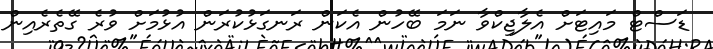
ޑަސްޓް މައިޓަށް އެލާޖިކްވާ ނަމަ ބޭހުން އެކަން ރަނގަޅުކުރަން އުޅުމަށް ވުރެ ގޭތެރެއިން